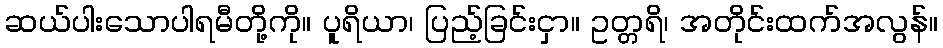
ဆယ်ပါးသောပါရမီတို့ကို။ ပူရိယာ၊ ပြည့်ခြင်းငှာ။ ဥတ္တရိ၊ အတိုင်းထက်အလွန်။